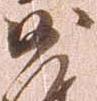
沙